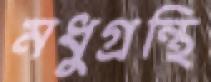
মধুগ্রন্থি